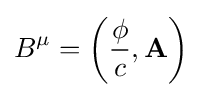
B^{\mu }=\left({\frac {\phi }{c}},\mathbf {A} \right)